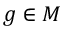
g \in M